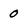
Character: 0